Report on sanitation, dispensaries, and jails in Rajputana for 1909, and on vaccination for the year 1909-1910 - 1909-1910
Year: 1909
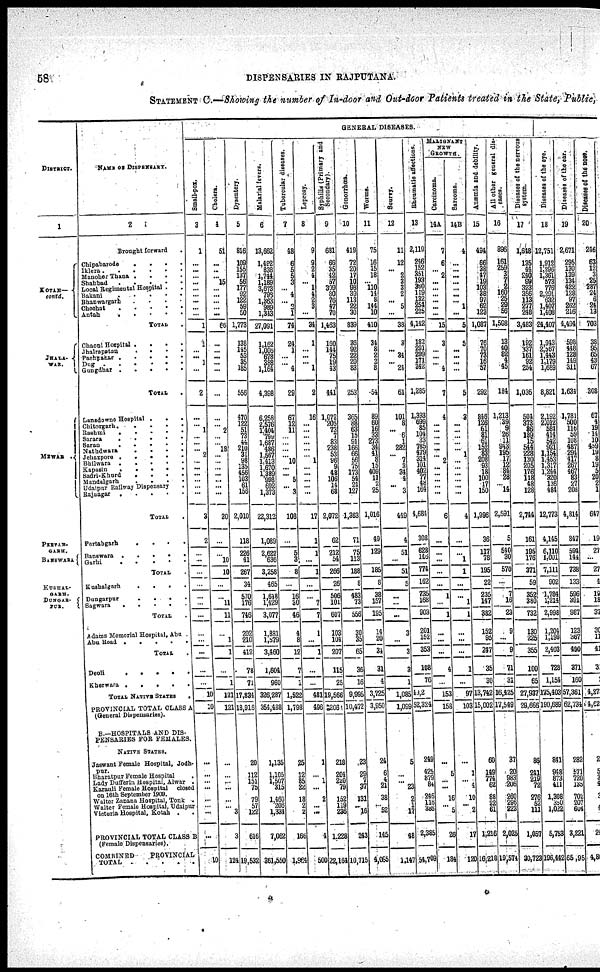
58
DISPENSARIES IN RAJPUTANA.
STATEMENT C.—Showing the number of In-door and Out-door Patients treated in the State, Public,
DISTRICT.
1
KOTAH—
contd.
JHALA¬
WAR.
MEWAR .
PERTAB¬
GARH.
BANSWARA
KUSHAL¬
GARH.
NAME OF DISPENSARY.
2
Brought forward
.
Chipabarode
.
.
.
.
Iklera . . . . . .
Manoher Thana . . . .
Shahbad
.
.
.
.
.
Local Regimental Hospital . .
Bakani
.
.
.
.
.
Bhanwargarh . . . .
Cheehat
.
.
.
.
.
Antah
.
.
.
.
.
TOTAL .
Chaoni Hospital . . . .
Jhalrapatan . . . .
Pachpanar . . . . .
Dug . . . . . .
Gungdhar
.
.
.
.
.
TOTAL .
Lanadowne Hospital . . .
Chitorgarh . . . . .
Rashmi . . . . .
Sarara . . . . .
Saran . . . . .
Nathdwara . . . .
Jehazpore . . . . .
Bhilwara . . . . .
Kapasin . . . . .
Sadri-Khurd . . . .
Mandalgarh . . . .
Udaipur Railway Dispensary .
Rajnagar
.
.
.
.
.
TOTAL .
Pertabgarh
. . . .
Banswara . . . . .
Garhi
.
.
.
.
.
TOTAL .
Kushalgarh
. . . .
Dungarpur . . . .
Sagwara
TOTAL
Adams Memorial Hospital, Abu
Abu Road . . . . .
TOTAL .
Deoli
.
.
.
.
.
Kherwara
.
.
.
.
.
TOTAL NATIVE STATES .
PROVINCIAL TOTAL CLASS A
(General Dispensaries).
B.— HOSPITALS AND DIS¬
PENSARIES FOR FEMALES.
NATIVE STATES.
Jaswant Female Hospital, Jodh¬
pur. Bharatpur Female Hospital .
Lady Dufferin Hospital, Alwar .
Karauli Female Hospital closed
on 16th September 1909.
Walter Zanana Hospital, Tonk .
Walter Female Hospital, Udaipur
Victoria Hospital, Kotah . .
PROVINCIAL TOTAL CLASS B
(Female Dispensaries).
COMBINED
PROVINCIAL
TOTAL . . .
GENERAL DISEASES.
Small-pox.
3
1
...
...
...
...
...
...
...
...
...
1
1
...
... 1
...
2
...
... 1
...
...
... 2
...
...
...
...
...
...
3
2
...
...
...
...
...
...
...
...
...
...
...
...
10
10
...
...
... ...
... ... ...
...
10
Cholera.
4
51
...
...
... 15
...
...
...
...
...
66
...
...
...
...
...
...
...
... 2
...
... 18
...
...
...
...
...
...
...
20
...
...
10
10
...
...
11
1
...
1
1
...
1
121
121
...
...
... ... ... ... 3
3
124
Dysentery.
5
816
109
155
137 56
177
92
122
59
50
1,773
138
145 53
35
185
556
470
122
51
73
44
210
34
98
135
456
103
61
156
2,010
118
226
41
267
34
570
176
746
202
210
412
78
71
17,834
18,916
20
112
151
75
79
57
122
616
19,532
Malerial fevers.
6
13,662
1,492
838
1,744
1,189 3,673
793
1,363
989
1,313
27,091
1,162
1,006 678
388
1,164
4,398
6,258
2,576 1,404
799
1,687
486
1,567
1,413
1,670 1,389
998
692
1,373
22,312
1,069
2,622
636
3,258
465
1,648
1,429
3,077
1,831
1,579
3,460
1,604
960
326,287
354,488
1,135
1,105
1,507
315
1,460
206
1,334
7,062
261,550
Tubercular diseases.
7
48
6
5
5 31
... 4
... 2 1
74
24
1
...
... 4
29
67
12
11
...
...
...
... 10
...
... 5
... 3
106
...
5
3
8
...
16
30
46
4
8
12
7
1
1,522
1,798
25
12
85
22
18
2
2
166
1,964
Laprosy.
8
9
9 2
4
... 1
4
2
3
...
34
1
...
...
... 1
2
16
...
...
...
...
...
... 1
...
...
... ...
...
17
1
1
...
1
...
...
7
7
1
...
1
...
...
481
496
1
...
1
...
2
... ...
4
500
Syphilis
(Primary and
Secondary).
9
681
66
35 42
57
309
80
76
47 70
1,463
160
144 75
19
43
441
1,072
205
73
7
83
238 53
96
9 48
106
14
68
2,072
62
212
54
266
26
506
101
607
103
101
207
115
25
19,566
206
218
204
220
79
152
119
236
1,228
22,164
Gonorrhœs.
10
419
72
20
17
10
98
39
113
22
30
839
36
92 22
20
83
253
365
88
63
15
91
166 66
56
75
173
54
24
127
1,363
71
75
113
188
8
483
73
556
30 35
65
36
16
9,996
10,472
23
29
7
37
131
... 16
243
10,715
Worms.
11
75
16 15
18
... 110
14
8
144
10
410
34
8 2
9
8
54
89 60
... 33
273
34
41
8
15
409
11
2
25
1,016
49
129
185
8
38
157
195
14
20
24
31
4
3,725
3,950
24
6
4 21
38
... 52
145
4,065
Scurvy.
12
11
12
... 2
3
3
2
... 5
...
38
3
... 34
... 24
61
101
8
... 6
1
282
... 7 3
34
4
... 3
449
4
51
...
51
5
...
...
...
3
...
3
2
1
l,085
1,099
5
... ...
23
2
1
17
48
1,147
Rheumatic affections.
13
2,110
246
152
251
193
360
119
132
254
225
4,142
187
291 299
171 342
1,285
1,393
699
85
104
33
785 479
314
101
402
77
48
164
4,684
308
628
146
774
162
735
163
903
201
1552
353
108
76
492
52,324
249
125
879
84
246
116
286
2,385
54,709
MALIGNANT
NEW
GROWTH.
Carcinoma.
14A
7
6
... 2
...
...
...
...
...
...
15
3
...
...
... 4
7
4
...
...
...
...
...
... 2
...
...
...
...
...
6
...
...
...
...
...
1
...
1
...
...
...
4
...
153
158
... 5
... ... 16
... 5
26
134
Sarcoma.
14B
4
...
...
...
...
...
...
... 1
...
5
5
...
...
...
...
5
3
...
...
...
...
... 1
...
...
...
...
...
...
4
...
...
1
1
...
...
1
1
...
...
...
1
...
97
103
...
1
...
4
10
...
2
17
120
Anæmia and debility.
15
494
66 38
47
19
103
38
97
62
123
1,067
76
70 73
16
57
292
846
126
61
81 61
152
83
206
93
18
100
17
150
1,996
36
117
78
195
22
235
147
382
152
95
247
35
30
13,742
15,002
60
149 774
62
83
22
61
1,216
16,218
All other general dis¬
eases.
16
896
161
259
3
7
2
160
25
29
56
1,598
13
40 82
4
45
184
1,213
39
9
26
11
943
195
17
12
84 28
... 14
2,591
5 540
30
570
...
7
16
23
9
...
9
71
31
16,425
17,549
37
20
983
206
280
296
223
2,025
19,574
Diseases of the nervous
system.
17
1,618
135
44
240
99
323
356
113
277
248
3,483
192
337 161
92
254
1,036
504
373 96
189
15
544
228
130
205
176 118
48
128
2,744
161
195
176
371
59
352
350
732
130
225
355
100
65
27,937
29,666
86
241
219
72
278
52 111
1,057
30,723
Diseases
of the eye.
18
12,751
1,912
1,296
1,361
573
776
2,291
632 1,407
l,408
24,407
1,913
2,567 1,443
1,179 l,689
8,821
2,192
2,012
584
414
542
921
1,154
1,453
1,317
1,244
220 136
484
12,773
4,145
6,110 1,001
7,111
902
1,794
1,214
2,998
1,204
1,199
2,403
728
1,154
175,403
190,689
841
943
873
411
1,308
350
1,022
5,753
196,442
Diseases
of the ear.
19
2,671
295
130
139
134
422
128
97
262
216
4,494
598
448 128
149
311
1,634
1,781
500
116
59
108
487
294
417
267
467
83
27
206
4,814
847
594
144
738
133
566
391
987
123
367
490
371
160
57,361
62,734
282
571
720
135
702 207
604
3,221
65,95
Diseases
of the nose.
20
246
63 12
3
25
287
24
6
24
13
703
38
95
65 43
67
308
67
4
19
14
10
459
19
8
19
5
20
2
1
647
19
27
...
27
4
19
18
37
30
11
41
3
2
4,277
4,62
2
5
3
4
3
4
24
4,8